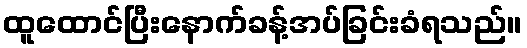
ထူထောင်ပြီးနောက်ခန့်အပ်ခြင်းခံရသည်။